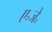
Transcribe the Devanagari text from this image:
ए॰जे॰